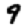
Digit: 9